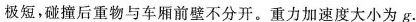
极短，碰撞后重物与车厢前壁不分开。重力加速度大小为g.